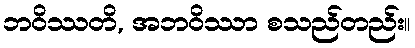
ဘဝိဿတိ, အဘဝိဿာ စသည်တည်း။